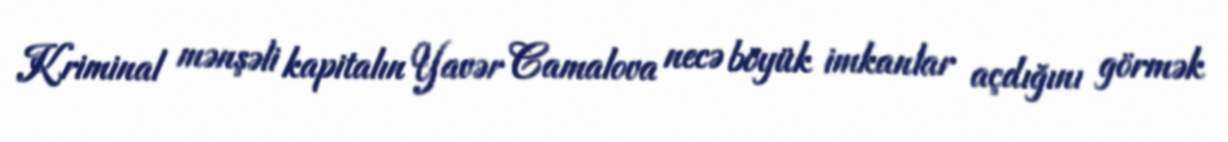
Kriminal mənşəli kapitalın Yavər Camalova necə böyük imkanlar açdığını görmək